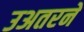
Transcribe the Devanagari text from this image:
उअतरने